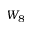
W _ { 8 }